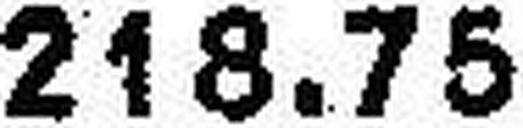
218.75